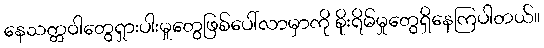
နေသတ္တဝါတွေရှားပါးမှုတွေဖြစ်ပေါ်လာမှာကို စိုးရိမ်မှုတွေရှိနေကြပါတယ်။